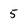
Character: 5